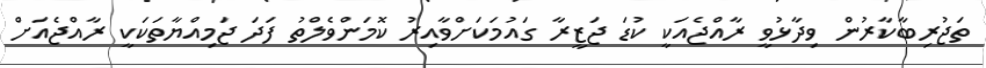
ތަޖުރިބާކާރުން ވިދާޅުވީ ރާއްޖެއަކީ ކުޑަ ޖަޒީރާ ގައުމަކަށްވާއިރު ކޮމަންވެލްތު ފަދަ ޖަމިއްޔާތަކަކީ ރާއްޖެއަށް